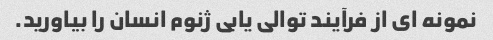
نمونه ای از فرآیند توالی یابی ژنوم انسان را بیاورید.